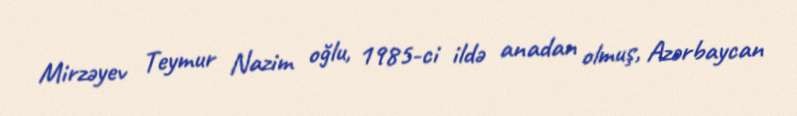
Mirzəyev Teymur Nazim oğlu, 1985-ci ildə anadan olmuş, Azərbaycan